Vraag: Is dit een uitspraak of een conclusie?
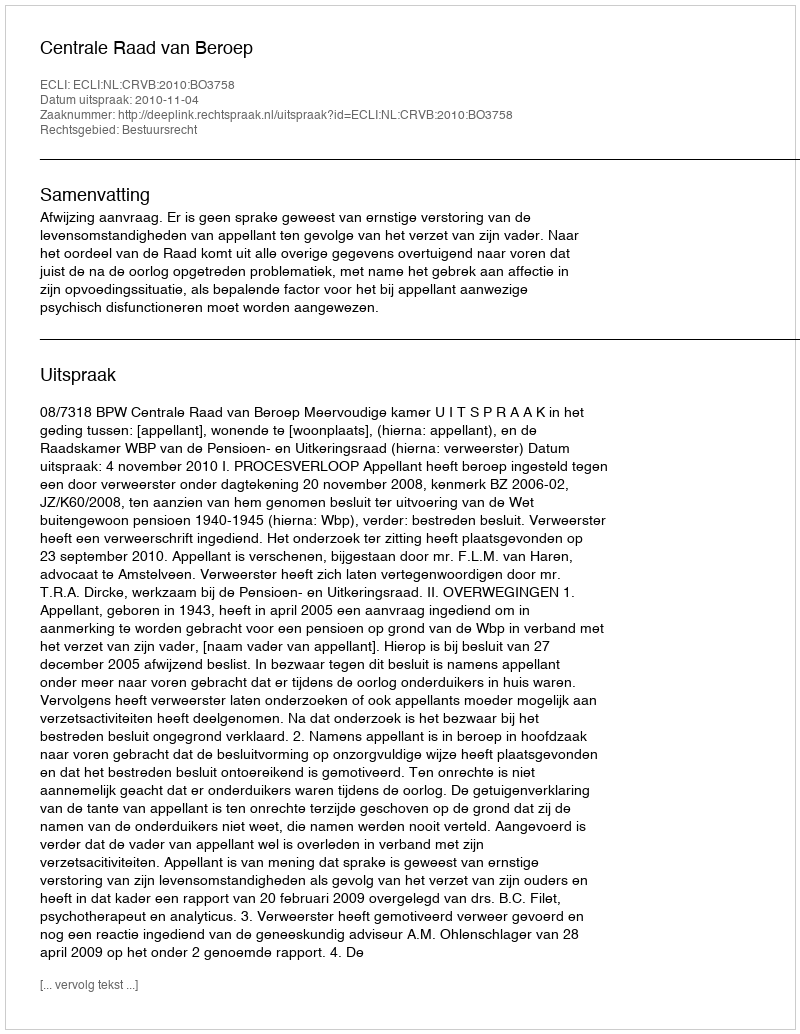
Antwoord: Uitspraak